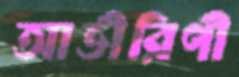
আভীরিণী